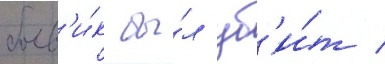
боев'и́к бы́л уб'и́т /